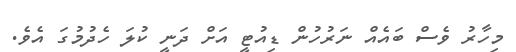
މިހާރު ވެސް ބައެއް ނަރުހުން ޑިއުޓީ އަށް ދަނީ ކުލަ ހެދުމުގަ އެވެ.